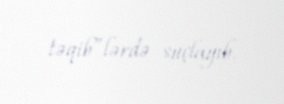
təqib”lərdə suçlayıb.